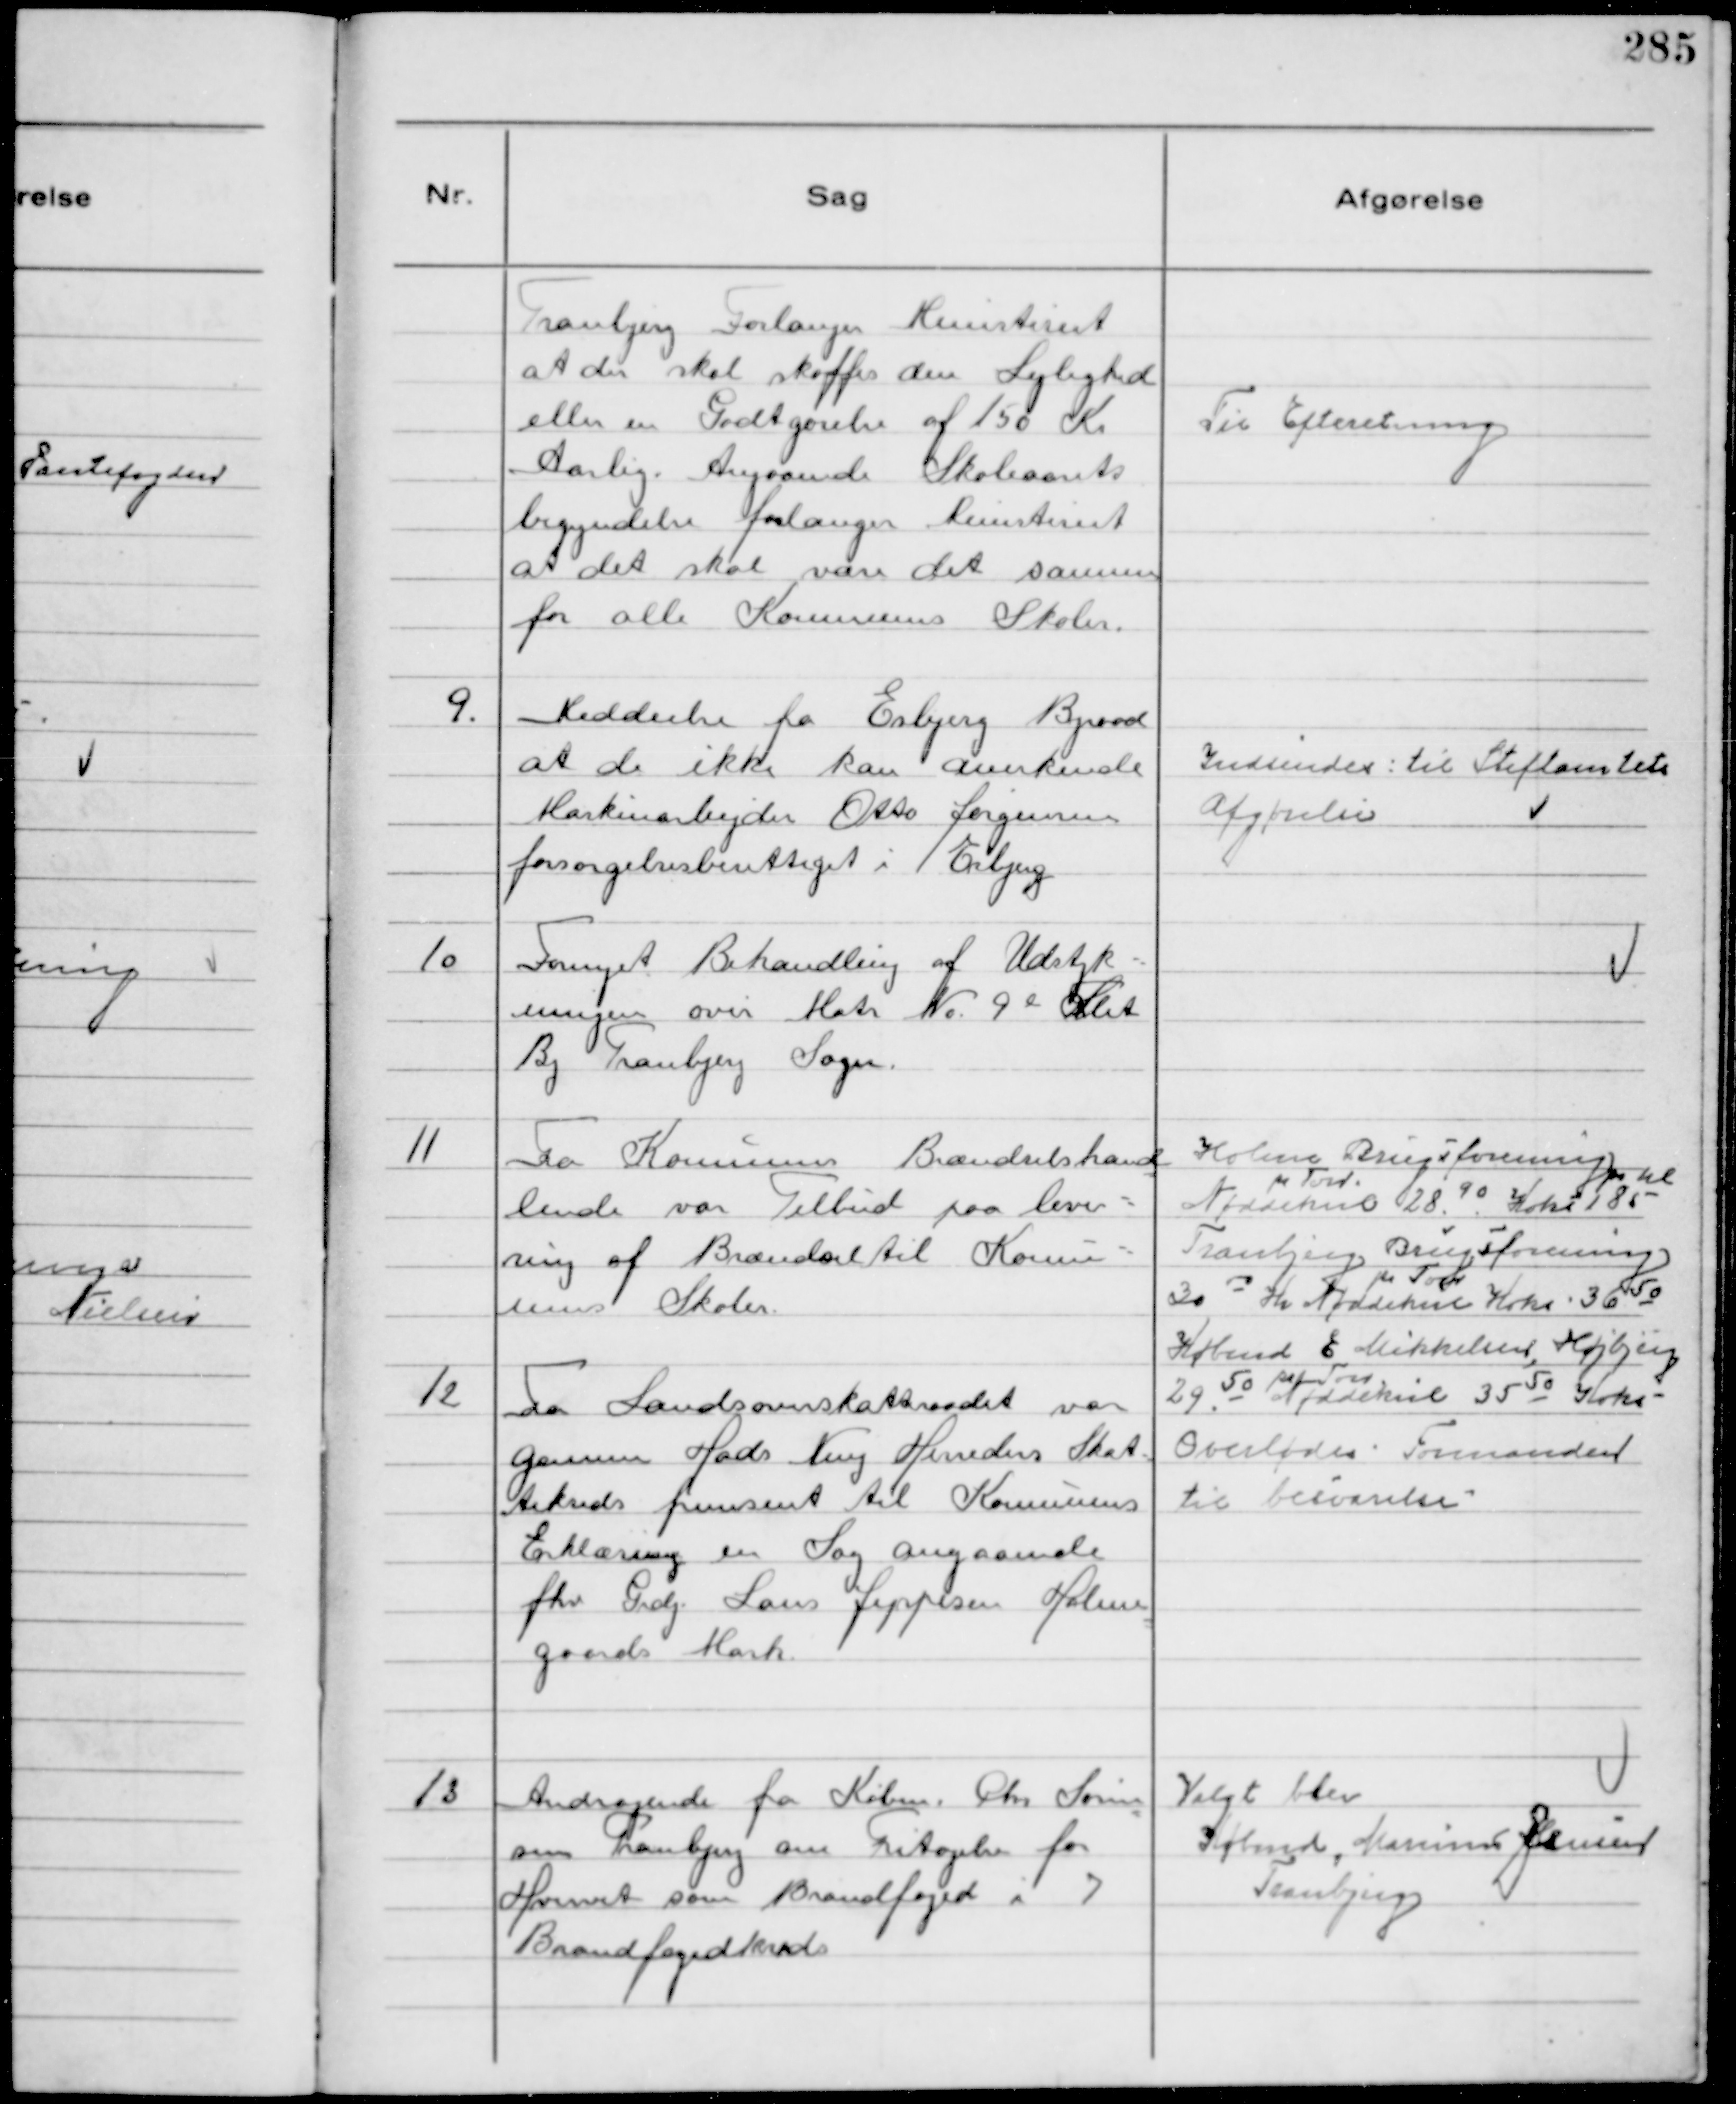
Transskription:
Tranbjerg Forlanger Ministeriet
at der skal skaffes den Lejlighed
eller en Godtgørelse af 150 Kr
Aarlig. Angaaende Skoleaarets
begyndelse forlanger Ministeriet
at det skal være det samme
for alle Kommunens Skoler.

Til Efteretning

9.
Meddeelse fra Esbjerg Byraad
at de ikke kan anerkende
Maskinarbejder Otto Jørgensen
forsørgelsesberettiget i Esbjerg

Indsendes til Stiftamtets
Afgørelse

10
Fornyet Behandling af Udstyk-
ningen over Matr № 9 l Slet
By Tranbjerg Sogn.

11
Fra Kommunens Brændselshand
lende var Tilbud paa leve-
ring af Brændsel til Kommu-
nens Skoler.

Holme Brugsforening
pr Tdr
Nøddekul 28 90 Koks 185
pr hl
Tranbjerg Brugsforening
pr Tdr
30 00 Kr Nøddekul Koks 36 50
Købmd E Mikkelsen, Højbjerg
pr Tdr
29 50 Nøddekul 35 50 Koks

12
Fra Landsoverskatteraadet var
gennem Hads Ning Herreders Skat-
tekreds fremsent til Kommunens
Erklæring en Sag angaaende
fhv Grdj. Laus Jeppesen Holme
gaards Mark.

Overlodes Formanden
til besvarelse

13
Andragende fra Købm. Chr Søren
sen Tranbjerg om Fritagelse for
Hvervet som Brandfoged i 7
Brandfogedkreds

Valgt blev
Købmd, Marinus Jensen
Tranbjerg